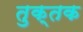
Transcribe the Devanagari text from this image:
तुक्तक